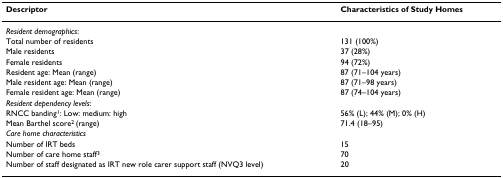
<table><thead><tr><td><b>Descriptor</b></td><td><b>Characteristics of Study Homes</b></td></tr></thead><tbody><tr><td><i>Resident demographics</i>:</td><td></td></tr><tr><td>Total number of residents</td><td>131 (100%)</td></tr><tr><td>Male residents</td><td>37 (28%)</td></tr><tr><td>Female residents</td><td>94 (72%)</td></tr><tr><td>Resident age: Mean (range)</td><td>87 (71–104 years)</td></tr><tr><td>Male resident age: Mean (range)</td><td>87 (71–98 years)</td></tr><tr><td>Female resident age: Mean (range)</td><td>87 (74–104 years)</td></tr><tr><td><i>Resident dependency levels</i>:</td><td></td></tr><tr><td>RNCC banding<sup>1</sup>: Low: medium: high</td><td>56% (L); 44% (M); 0% (H)</td></tr><tr><td>Mean Barthel score<sup>2 </sup>(range)</td><td>71.4 (18–95)</td></tr><tr><td><i>Care home characteristics</i></td><td></td></tr><tr><td>Number of IRT beds</td><td>15</td></tr><tr><td>Number of care home staff<sup>3</sup></td><td>70</td></tr><tr><td>Number of staff designated as IRT new role carer support staff (NVQ3 level)</td><td>20</td></tr></tbody></table>